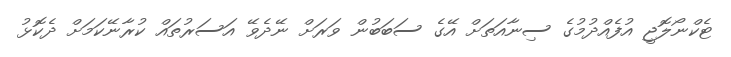
ޓެކްނޯލޮޖީ އުފެއްދުމުގެ ސިނާއަތަށް އޭގެ ސަބަބުން ވަރަށް ނޭދެވޭ އަސަރުތައް ކުރާނޭކަމަށް ދެކޮޅު